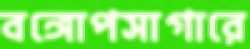
বঙ্গোপসাগারে